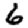
Digit: 6